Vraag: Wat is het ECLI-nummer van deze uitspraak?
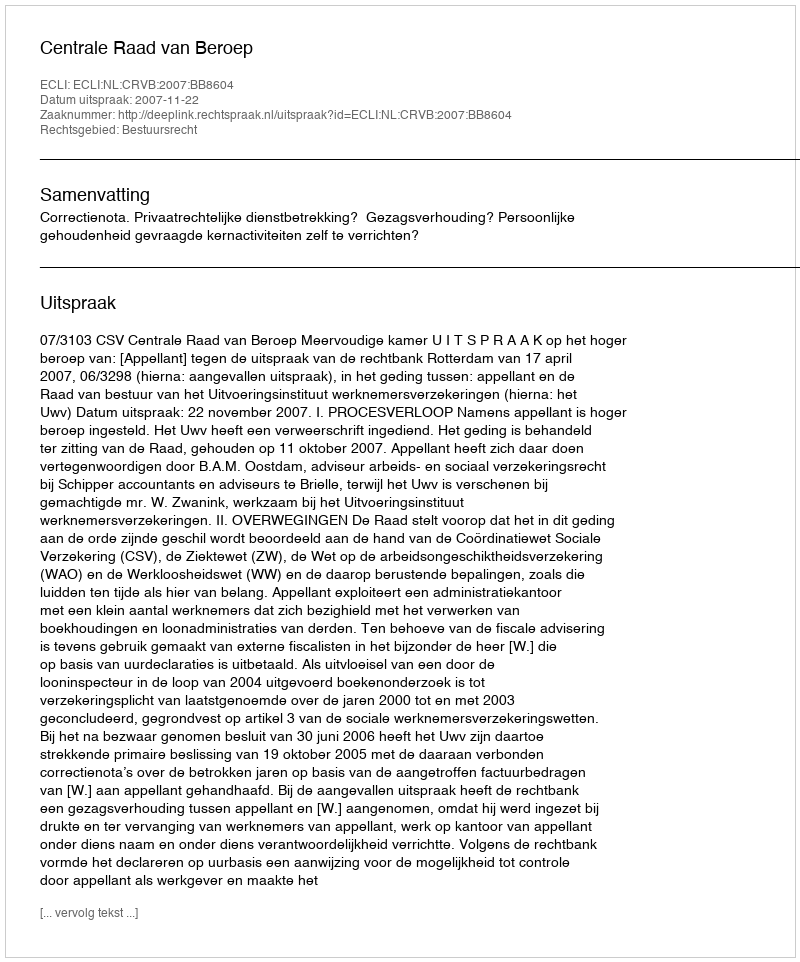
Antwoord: ECLI:NL:CRVB:2007:BB8604